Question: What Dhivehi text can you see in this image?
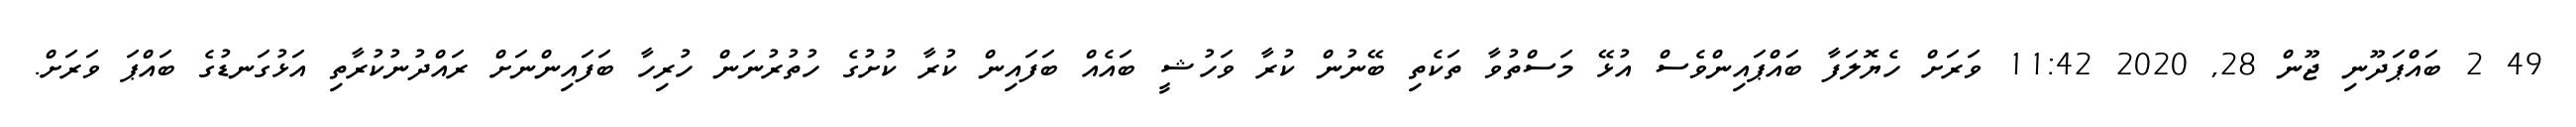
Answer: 49 2 ބައްޕަދޫނި ޖޫން 28, 2020 11:42 ވަރަށް ހެޔޮލަފާ ބައްޕައިންވެސް އުޅޭ މަސްތުވާ ތަކެތި ބޭނުން ކުރާ ވަހުޝީ ބައެއް ބަފައިން ކުރާ ކުށުގެ ހުތުރުނަން ހުރިހާ ބަފައިންނަށް ރައްދުނުކުރާތި އަޅުގަނޑުގެ ބައްޕަ ވަރަށް.